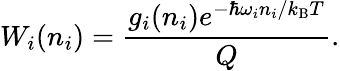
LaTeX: W_{i}(n_{i})=\frac{g_{i}(n_{i})e^{-\hbar\omega_{i}n_{i}/k_{\mathrm{B}}T}}{Q}.